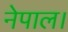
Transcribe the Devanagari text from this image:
नेपाल।